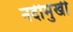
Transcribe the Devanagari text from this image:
नदीमुखी